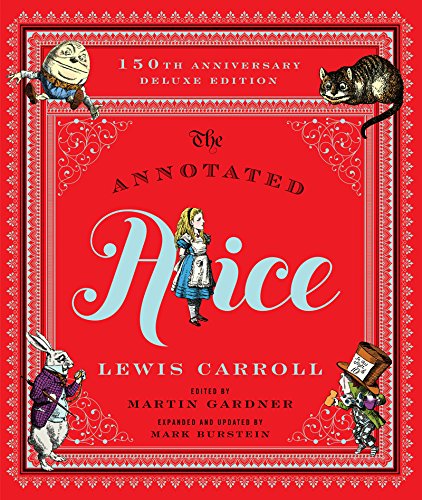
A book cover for The Annotated Alice: 150th Anniversary Deluxe Edition (150th Deluxe Anniversary Edition)  (The Annotated Books); Lewis Carroll; Literature & Fiction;